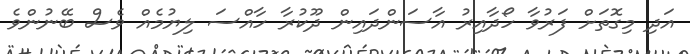
އަދި މިގޮތަށް ފަރުވާ ހޯދާއިރު އާސަންދައިން ދޫކުރާ ހާއްސަ ލިޔުމެއް ވެސް ބޭނުންވެ